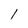
Character: 1